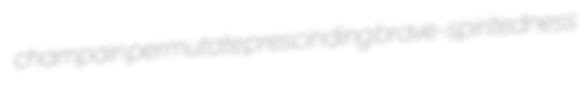
champain permutate prescinding brave-spiritedness